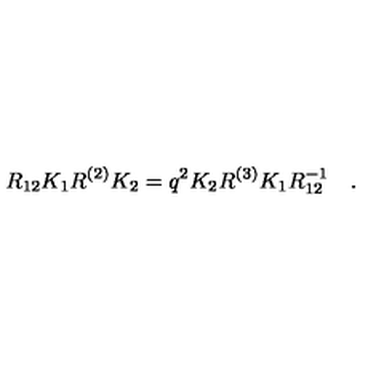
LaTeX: R _ { 1 2 } K _ { 1 } R ^ { ( 2 ) } K _ { 2 } = q ^ { 2 } K _ { 2 } R ^ { ( 3 ) } K _ { 1 } R _ { 1 2 } ^ { - 1 } \quad .